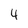
Character: 4